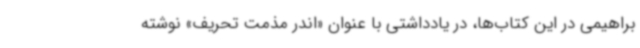
براهیمی در این کتاب‌ها، در یادداشتی با عنوان «اندر مذمت تحریف» نوشته